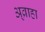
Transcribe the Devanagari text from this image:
अ्व्राहा